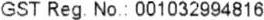
GST REG.NO.: 001032994816